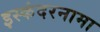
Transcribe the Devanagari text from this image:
इस्कंदरनामा